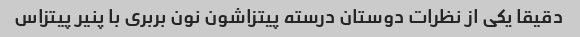
دقیقا یکی از نظرات دوستان درسته پیتزاشون نون بربری با پنیر پیتزاس